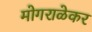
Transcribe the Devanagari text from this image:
मोगराळेकर